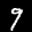
Label: 9